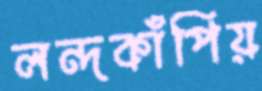
লন্দকাঁপিয়